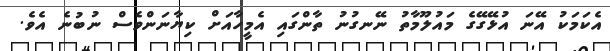
އެކަމަކު އޭނަ އުޅޭގޭގެ މައުލޫމާތު ނޭނގުނު ތާންގައި އެމީހާއަށް ކިޔާނަންވެސް ނުބުނެ އެވެ.